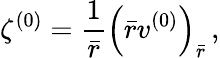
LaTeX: \zeta^{(0)}=\frac{1}{\bar{r}}\left(\bar{r}v^{(0)}\right)_{\bar{r}}\, ,